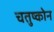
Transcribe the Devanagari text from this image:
चतुष्कोन